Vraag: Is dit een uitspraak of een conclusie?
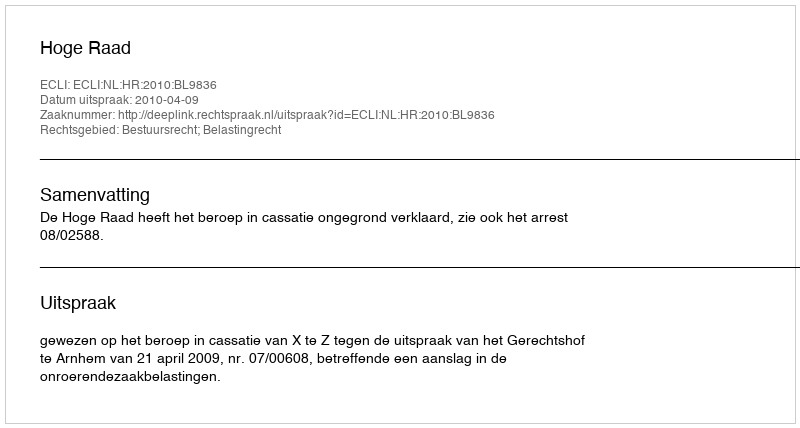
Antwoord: Uitspraak